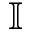
\mathbb { I }